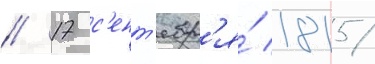
// 17 с'ент'ябр'я́ 1815